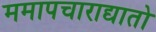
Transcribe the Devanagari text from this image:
ममापचाराद्यातो